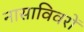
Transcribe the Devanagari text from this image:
नासाविवरों